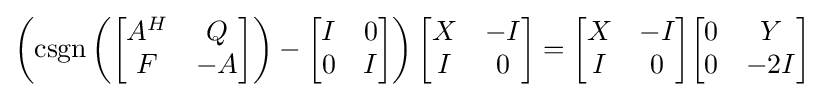
\left(\operatorname {csgn} \left({\begin{bmatrix}A^{H}&Q\\F&-A\end{bmatrix}}\right)-{\begin{bmatrix}I&0\\0&I\end{bmatrix}}\right){\begin{bmatrix}X&-I\\I&0\end{bmatrix}}={\begin{bmatrix}X&-I\\I&0\end{bmatrix}}{\begin{bmatrix}0&Y\\0&-2I\end{bmatrix}}